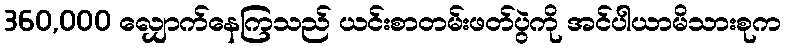
360,000 လျှောက်နေကြသည် ယင်းစာတမ်းဖတ်ပွဲကို အင်ပါယာမိသားစုက